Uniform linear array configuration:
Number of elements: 64
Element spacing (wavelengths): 1
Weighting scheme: kaiser
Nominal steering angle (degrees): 0
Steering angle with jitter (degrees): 0.11
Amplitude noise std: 0.05
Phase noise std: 0.05

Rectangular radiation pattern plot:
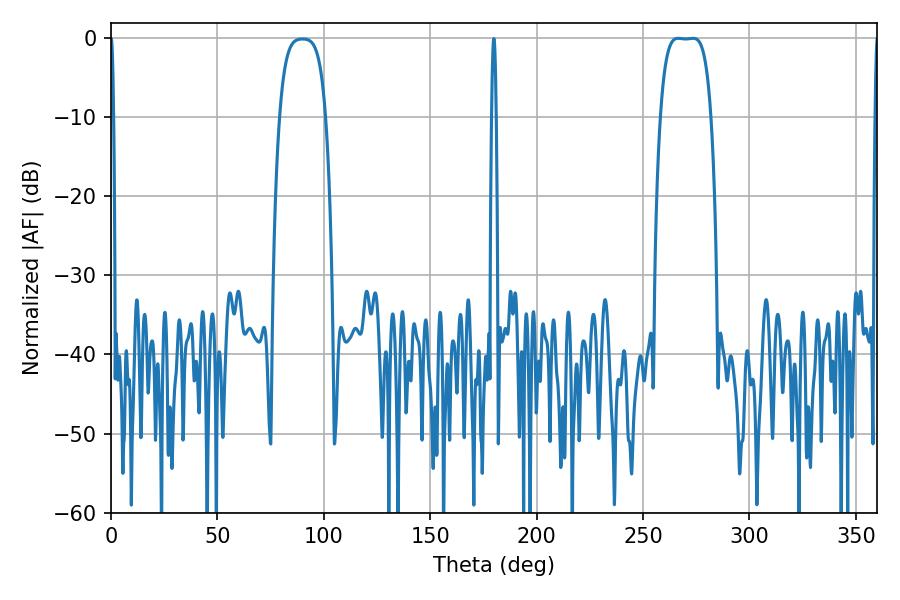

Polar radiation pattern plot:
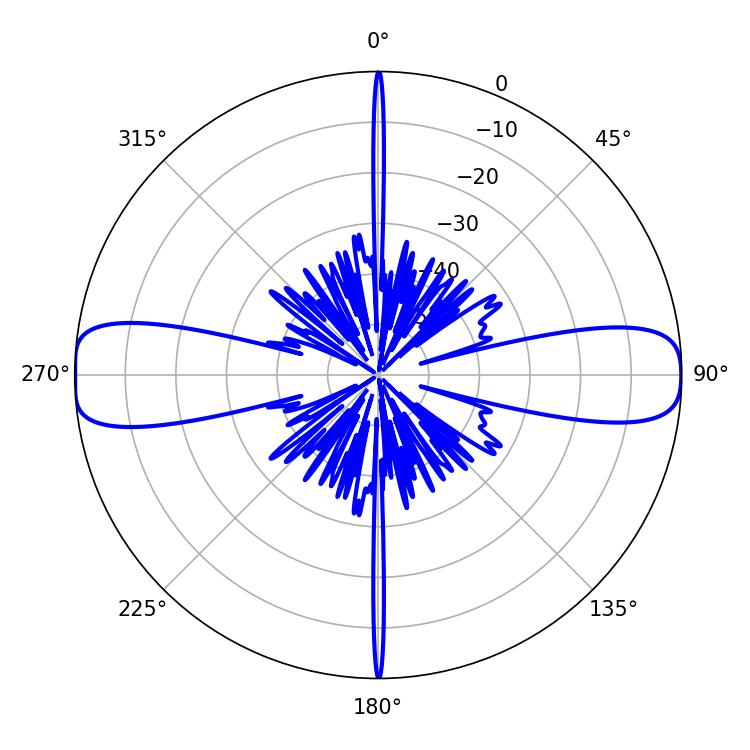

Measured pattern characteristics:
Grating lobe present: TRUE
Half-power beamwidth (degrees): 18.36
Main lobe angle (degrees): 266.4